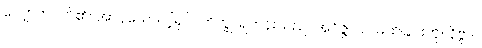
လျောက်ပတ်၏။ အာဝုသော၊ ငါ့ရှင်။ ဘိက္ခု၊ ရဟန်းသည်။ အဝိဇ္ဇာယ၊ မသိခြင်းကို။ နိဗ္ဗိဒါ၊